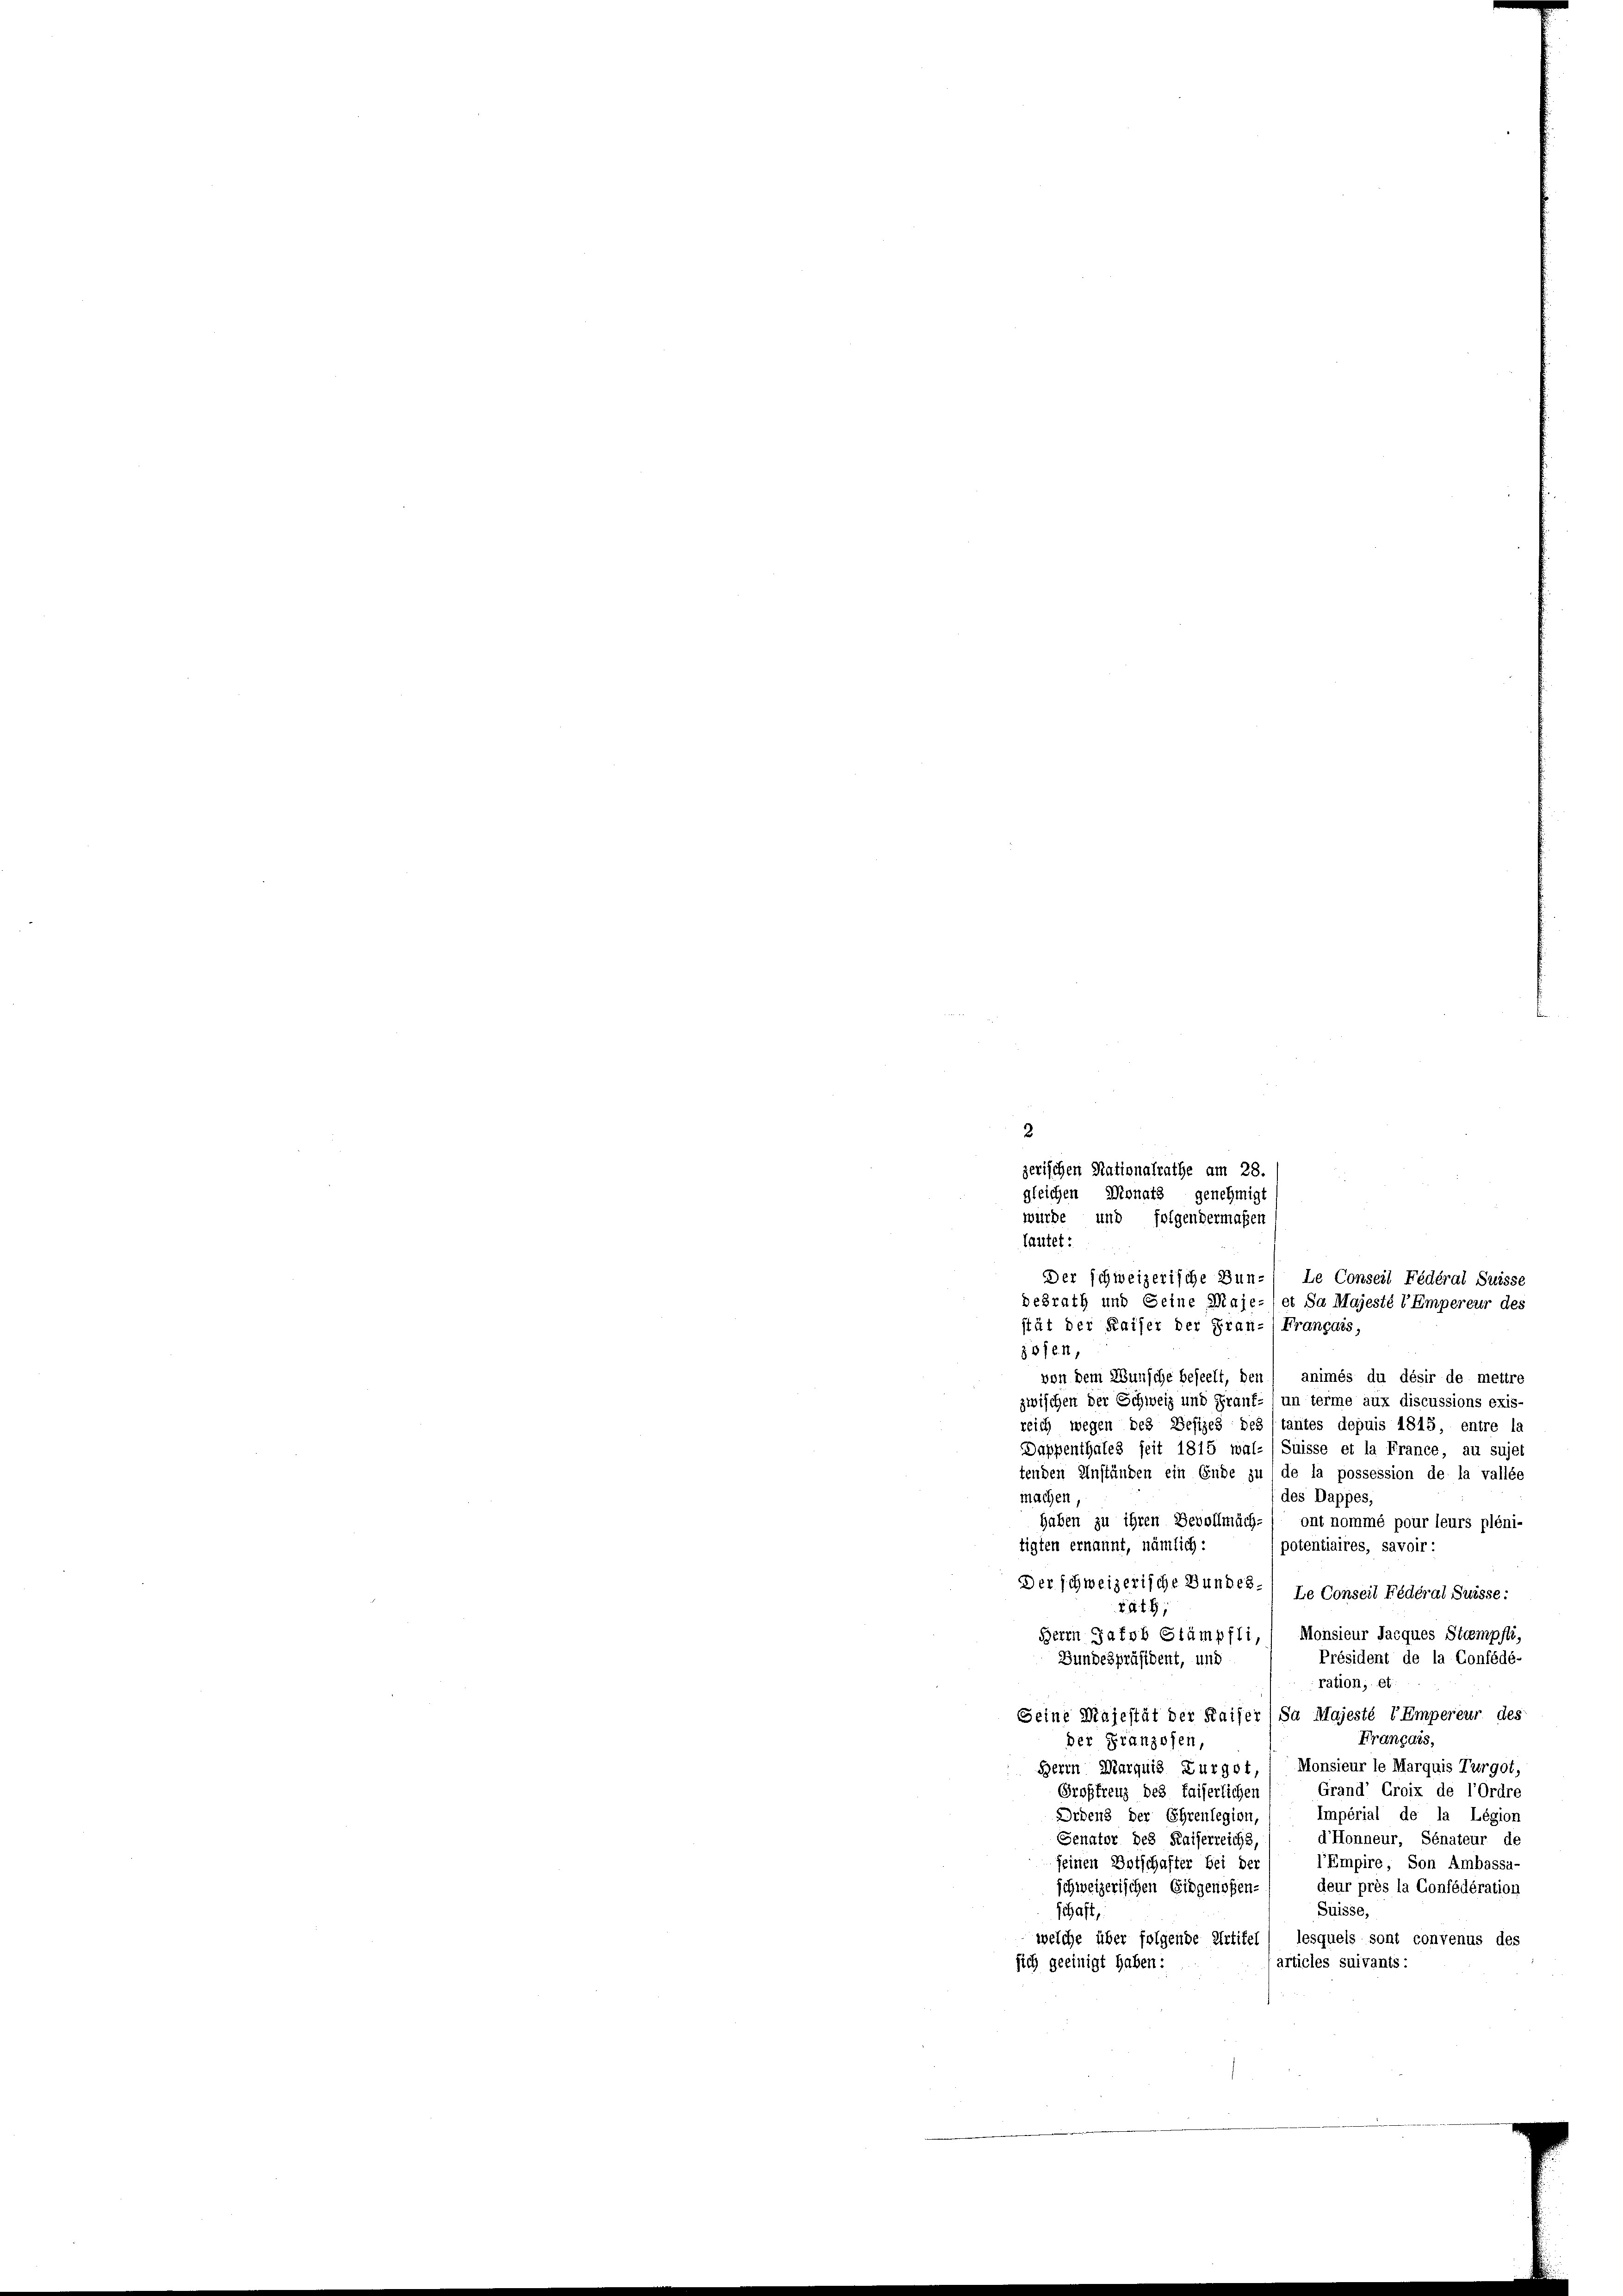
ofen,
von dem Wunsche beseelt, den
animés du désir de mettre
zwischen der Schweiz und Frauf- un terme aux discussions exis-
reich wegen des Besizes des (tantes depuis 1815, entre la
Dappenthales seit 1815 wal-/Suisse et la France, au sujet
tenden Anständen ein Ende zu, de la possession de la vallée
des Dappes,
machen.
haben zu ihren Bevollmäch-) ont nommé pour leurs pléni-
tigten ernannt, nämlich:
potentiaires, savoir :
Der schweizerische Bundes.) Le Conseil Fédéral Suisse:
rath,
Monsieur Jacques Stempfli,
Herrn Jakob Stämpfli
Président de la Confédé-
Bundespräsident, und
ration, et
Seine Majestät der Kaiser (Sa Majesté VEmpereur des
Français,
der Franzosen,
Herrn Marquis Furgot, 1 Monsieur le Marquis Turgot,
Grand Groix de l’ordre
Grostreuz des faiserlichen
Impérial de la Légion
Ordenz der Ehrenlegion,
d’Honneur, Senateur de
Senator des Kaiserreichs,
einen Botschafter bei der
Empire, Son Ambassa-
deur près la Confédération
schweizerischen Eidgenossen-
Suisse,
schaft,
lesquels sont convenus des
welche über folgende Artikel
articles suivants:
sich geeinigt haben:

2
zerischen Nationalrathe am 28.
gleichen Monats genehmigt
wurde und folgendermaßen
lautet:
Der schweizerische Bun¬
Le Conseil Fédéral Suisse
desrath und Seine Maje-) et Sa Majesté l’Empereur des
stät der Kaiser der Fran-) Français,